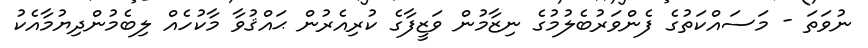
ނުވަތަ - މަސައްކަތުގެ ފެންވަރުބެލުމުގެ ނިޒާމުން ވަޒީފާގެ ކުރިއެރުން ޙައްޤުވާ މާކުހެއް ލިބެމުންދިޔުމާއެކު